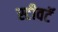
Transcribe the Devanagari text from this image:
स्टीवटॅ